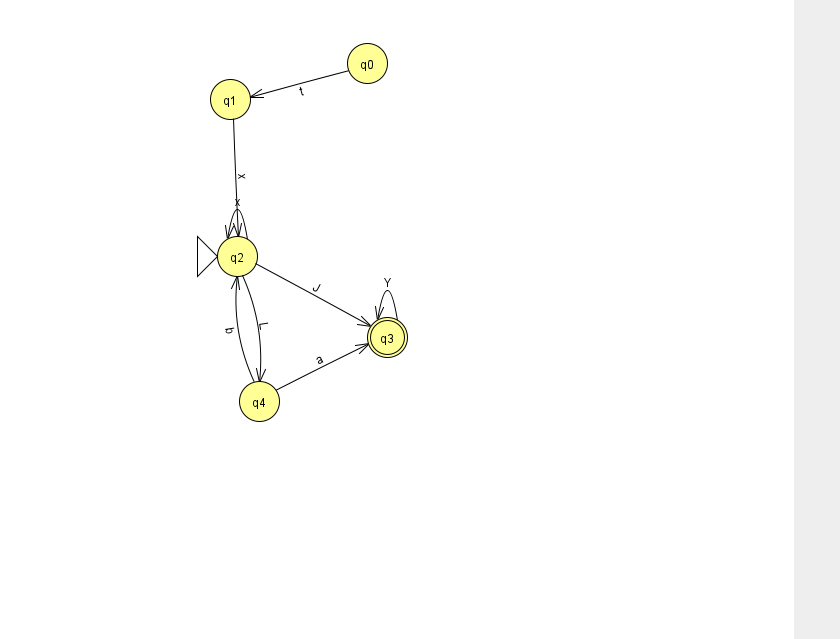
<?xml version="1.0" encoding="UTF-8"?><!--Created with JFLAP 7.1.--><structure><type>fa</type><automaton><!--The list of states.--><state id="0" name="q0"><x>367.0</x><y>50.0</y></state><state id="1" name="q1"><x>230.0</x><y>86.0</y></state><state id="2" name="q2"><x>237.0</x><y>243.0</y><initial/></state><state id="3" name="q3"><x>387.0</x><y>324.0</y><final/></state><state id="4" name="q4"><x>259.0</x><y>388.0</y></state><!--The list of transitions.--><transition><from>2</from><to>3</to><read>J</read></transition><transition><from>1</from><to>2</to><read>x</read></transition><transition><from>0</from><to>1</to><read>t</read></transition><transition><from>4</from><to>2</to><read>b</read></transition><transition><from>2</from><to>2</to><read>x</read></transition><transition><from>2</from><to>4</to><read>L</read></transition><transition><from>3</from><to>3</to><read>Y</read></transition><transition><from>4</from><to>3</to><read>a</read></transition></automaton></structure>